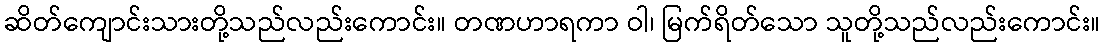
ဆိတ်ကျောင်းသားတို့သည်လည်းကောင်း။ တဏဟာရကာ ဝါ၊ မြက်ရိတ်သော သူတို့သည်လည်းကောင်း။